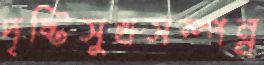
দৃষ্টিসুখসম্পন্ন